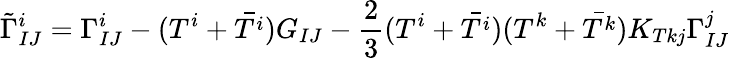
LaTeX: \tilde{\Gamma}_{IJ}^{i}=\Gamma_{IJ}^{i}-(T^{i}+\bar{T^{i}})G_{IJ}-{\frac{2}{3}}(T^{i}+\bar{T^{i}})(T^{k}+\bar{T^{k}})K_{Tkj}\Gamma_{IJ}^{j}